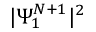
| \Psi _ { 1 } ^ { N + 1 } | ^ { 2 }